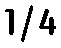
1/4